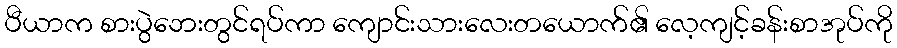
ပီယာက စားပွဲဘေးတွင်ရပ်ကာ ကျောင်းသားလေးတယောက်၏ လေ့ကျင့်ခန်းစာအုပ်ကို